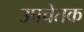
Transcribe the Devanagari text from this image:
उपचेतक